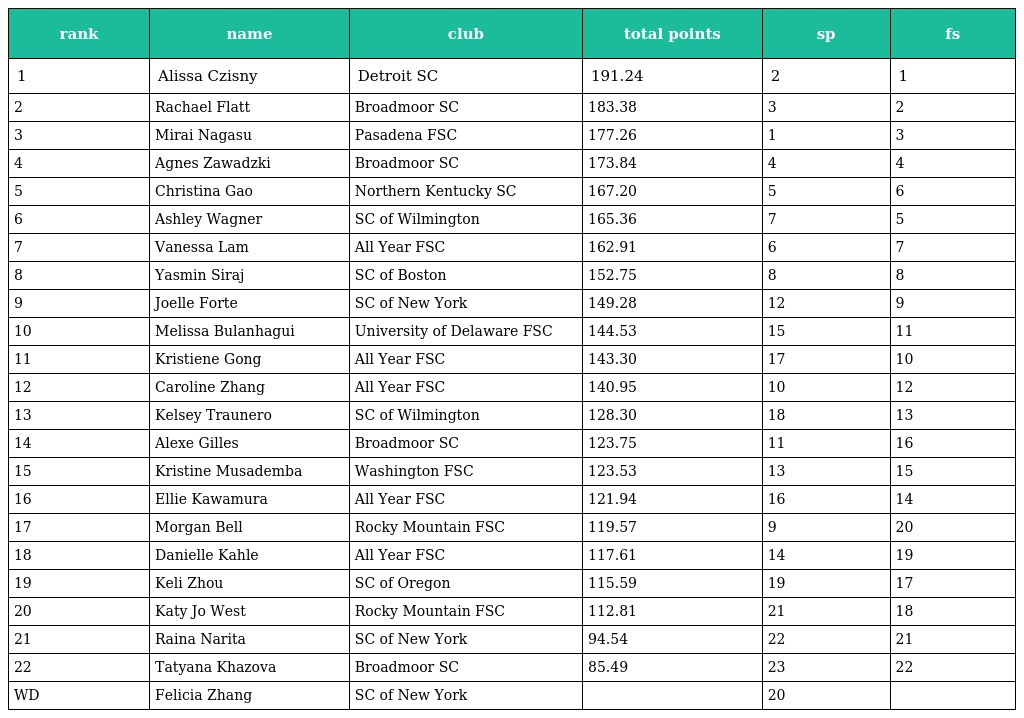
| rank | name | club | total points | sp | fs |
 | --- | --- | --- | --- | --- | --- |
 | 1 | Alissa Czisny | Detroit SC | 191.24 | 2 | 1 |
 | 2 | Rachael Flatt | Broadmoor SC | 183.38 | 3 | 2 |
 | 3 | Mirai Nagasu | Pasadena FSC | 177.26 | 1 | 3 |
 | 4 | Agnes Zawadzki | Broadmoor SC | 173.84 | 4 | 4 |
 | 5 | Christina Gao | Northern Kentucky SC | 167.20 | 5 | 6 |
 | 6 | Ashley Wagner | SC of Wilmington | 165.36 | 7 | 5 |
 | 7 | Vanessa Lam | All Year FSC | 162.91 | 6 | 7 |
 | 8 | Yasmin Siraj | SC of Boston | 152.75 | 8 | 8 |
 | 9 | Joelle Forte | SC of New York | 149.28 | 12 | 9 |
 | 10 | Melissa Bulanhagui | University of Delaware FSC | 144.53 | 15 | 11 |
 | 11 | Kristiene Gong | All Year FSC | 143.30 | 17 | 10 |
 | 12 | Caroline Zhang | All Year FSC | 140.95 | 10 | 12 |
 | 13 | Kelsey Traunero | SC of Wilmington | 128.30 | 18 | 13 |
 | 14 | Alexe Gilles | Broadmoor SC | 123.75 | 11 | 16 |
 | 15 | Kristine Musademba | Washington FSC | 123.53 | 13 | 15 |
 | 16 | Ellie Kawamura | All Year FSC | 121.94 | 16 | 14 |
 | 17 | Morgan Bell | Rocky Mountain FSC | 119.57 | 9 | 20 |
 | 18 | Danielle Kahle | All Year FSC | 117.61 | 14 | 19 |
 | 19 | Keli Zhou | SC of Oregon | 115.59 | 19 | 17 |
 | 20 | Katy Jo West | Rocky Mountain FSC | 112.81 | 21 | 18 |
 | 21 | Raina Narita | SC of New York | 94.54 | 22 | 21 |
 | 22 | Tatyana Khazova | Broadmoor SC | 85.49 | 23 | 22 |
 | WD | Felicia Zhang | SC of New York |  | 20 |  |